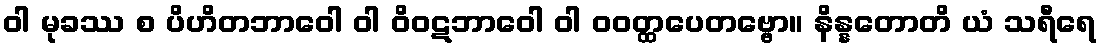
ဝါ မုခဿ စ ပိဟိတဘာဝေါ ဝါ ဝိဝဋဘာဝေါ ဝါ ဝဝတ္ထပေတဗ္ဗော။ နိန္နတောတိ ယံ သရီရေ